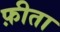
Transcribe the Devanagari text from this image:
फ़ीता